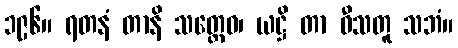
၁၉၆။ ရတနံ တာနိ သတ္တေဝ၊ ယဋ္ဌိ တာ ဝီသတူ သဘံ။